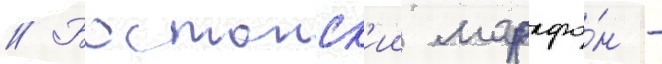
// Бостонск'ии марафо́н -